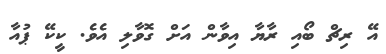
އޭ ރިޗް ބޯއި ރާޔާ އިވާން އަށް ގޮވާލި އެވެ. ކީކޭ ޕުއާ